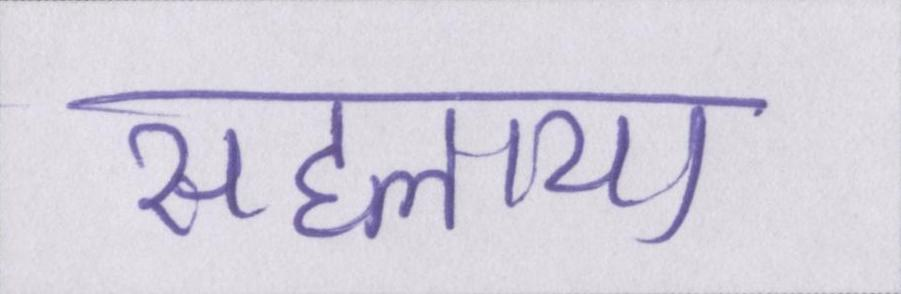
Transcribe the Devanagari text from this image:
सहलाया